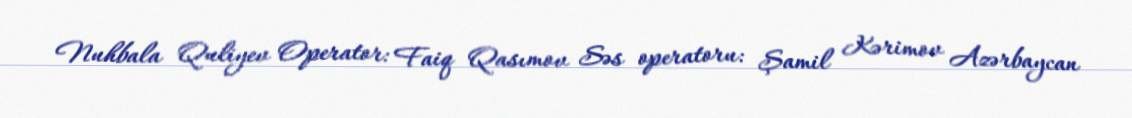
Nuhbala Quliyev Operator: Faiq Qasımov Səs operatoru: Şamil Kərimov Azərbaycan